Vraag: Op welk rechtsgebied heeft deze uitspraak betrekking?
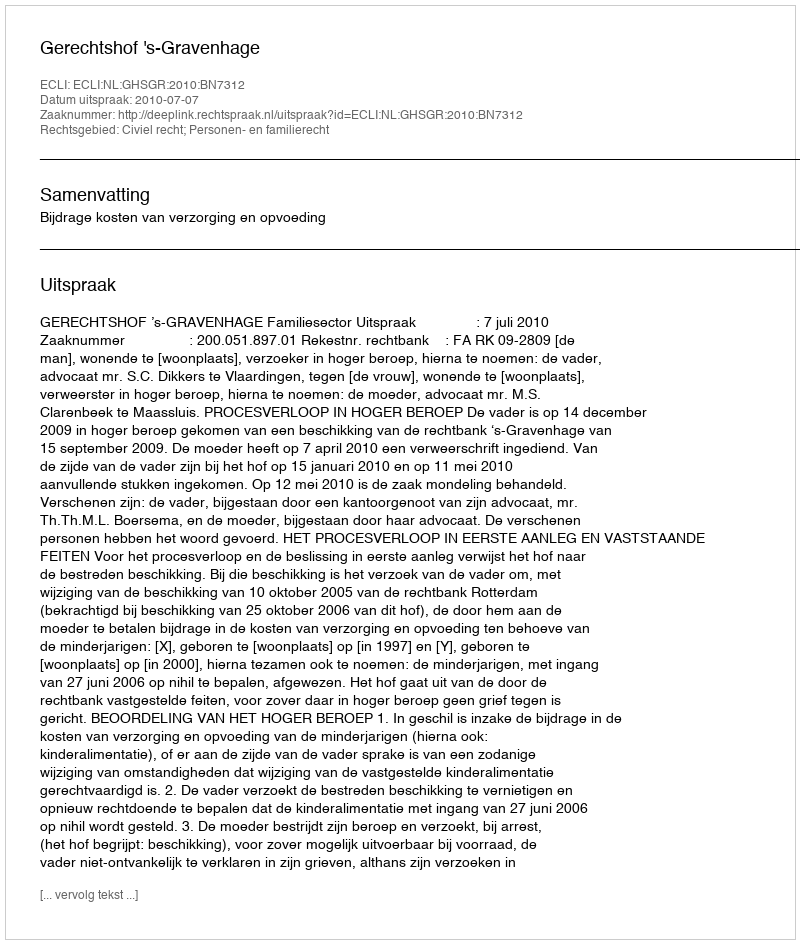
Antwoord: Civiel recht; Personen- en familierecht